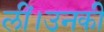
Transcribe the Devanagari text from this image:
लीं।उनकी